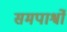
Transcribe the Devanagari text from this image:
समपार्श्वो